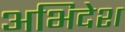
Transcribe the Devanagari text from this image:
अभिदेश